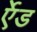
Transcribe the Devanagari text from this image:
र्एेड